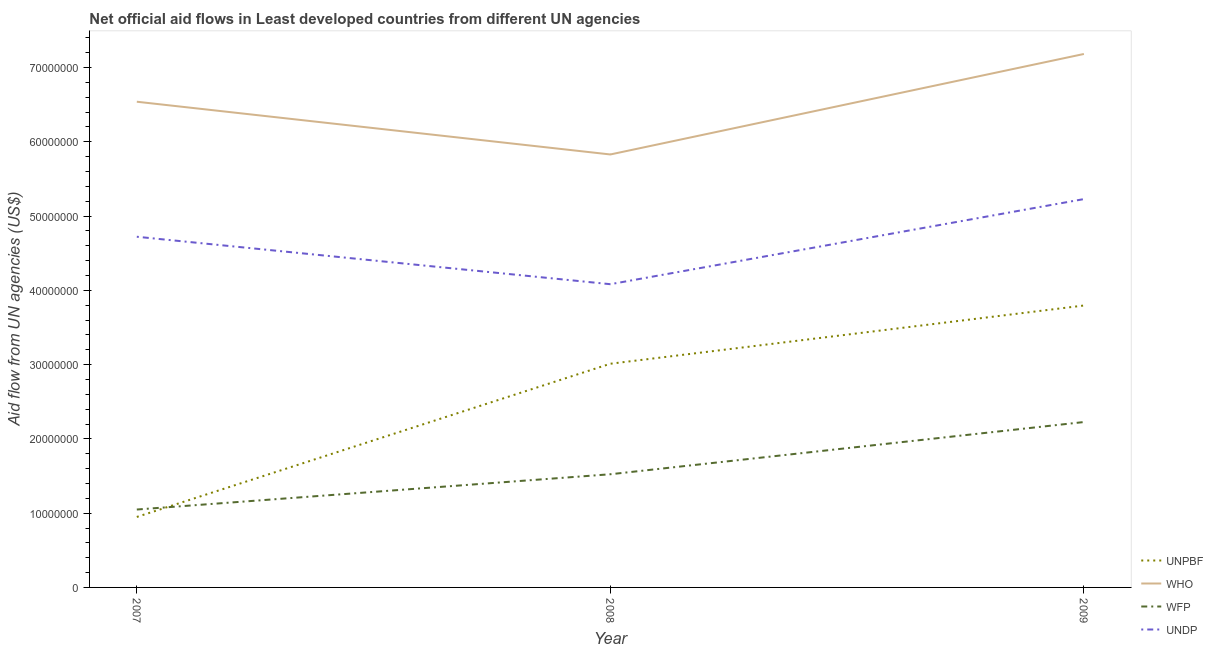
| Year | UNPBF | WHO | WFP | UNDP |
 | --- | --- | --- | --- | --- |
 | 2007 | 9.49e+06 | 6.54e+07 | 1.05e+07 | 4.72e+07 |
 | 2008 | 3.01e+07 | 5.83e+07 | 1.52e+07 | 4.08e+07 |
 | 2009 | 3.8e+07 | 7.18e+07 | 2.23e+07 | 5.23e+07 |